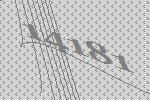
14181